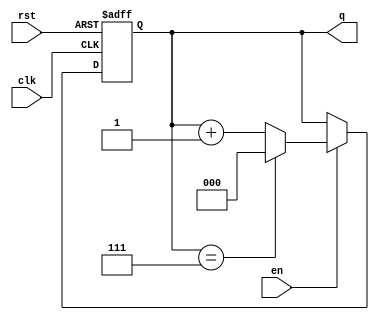
module binary_counter #(
    parameter N = 3  // Number of bits for the counter
)(
    input wire clk,    // Clock signal
    input wire rst,    // Asynchronous reset
    input wire en,     // Enable signal
    output reg [N-1:0] q // Current count value
);

// Always block for counter functionality
always @(posedge clk or posedge rst) begin
    if (rst) begin
        // Asynchronous reset
        q <= 0; // Reset counter to 0
    end else if (en) begin
        // Increment the counter when enabled
        if (q == (1 << N) - 1) begin
            q <= 0; // Roll over to 0 after reaching max value
        end else begin
            q <= q + 1; // Increment the counter
        end
    end
end

endmodule